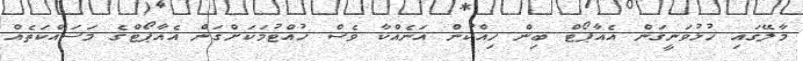
މާލޭގައި ހުޅުވަނީގަން އެއާޕޯޓް ބިން ހިއްކުން އަނެއްކާ ވެސް ހުއްޓުމަކަށްގަން އެއާޕޯޓްގެ މަސައްކަތެއް